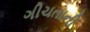
ગીચતાની